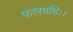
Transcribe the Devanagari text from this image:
फलग्रहिः।